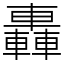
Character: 轟